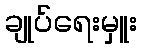
ချုပ်ရေးမှူး